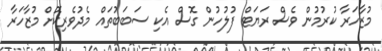
މުޒާހަރާ ކުރުމުން ވެސް ރަޔަޓް ފުލުހުން ގޮސް އެކި ސަބަބުތައް މެދުވެރިކޮށް މުޒާހަރާ